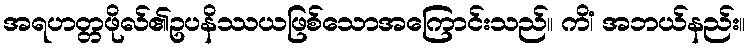
အရဟတ္တဖိုလ်၏ဥပနိဿယဖြစ်သောအကြောင်းသည်။ ကိံ၊ အဘယ်နည်း။